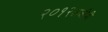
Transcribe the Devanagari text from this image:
२०१२सालीही